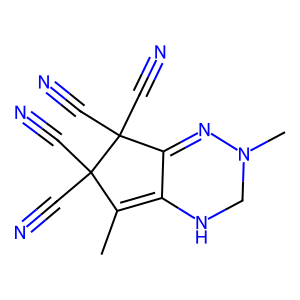
SMILES: CC1=C2NCN(C)N=C2C(C#N)(C#N)C1(C#N)C#N
Inhibits HIV replication: No